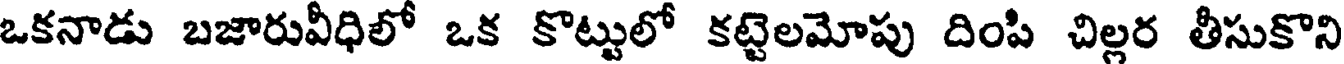
ఒకనాడు బజారువీధిలో ఒక కొట్టులో కట్టెలమోపు దింపి చిల్లర తీసుకొని